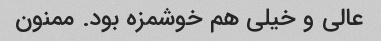
عالی و خیلی هم خوشمزه بود. ممنون